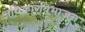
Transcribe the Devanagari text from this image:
अधिकारविभाजन